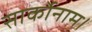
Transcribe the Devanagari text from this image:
सार्कोनाम।